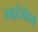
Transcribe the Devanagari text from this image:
रुद्रटेनेदम्